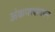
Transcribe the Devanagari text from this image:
अंकपत्त्यावरून